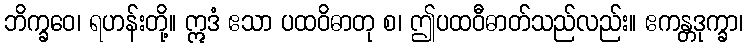
ဘိက္ခဝေ၊ ရဟန်းတို့။ ဣဒံ ဧသာ ပထဝိဓာတု စ၊ ဤပထဝီဓာတ်သည်လည်း။ ဧကန္တဒုက္ခာ၊